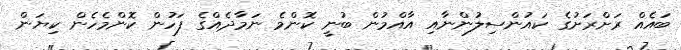
ބައެއް ރަށްރަށުގެ ކައުންސިލުންނާއި އާއްމުން ބުނީ ކޮންމެ ނަމާދެއްގެ ފަހުން ކޮންމެހެން ކިޔަން